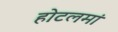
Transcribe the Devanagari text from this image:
होटलमां